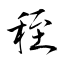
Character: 秷